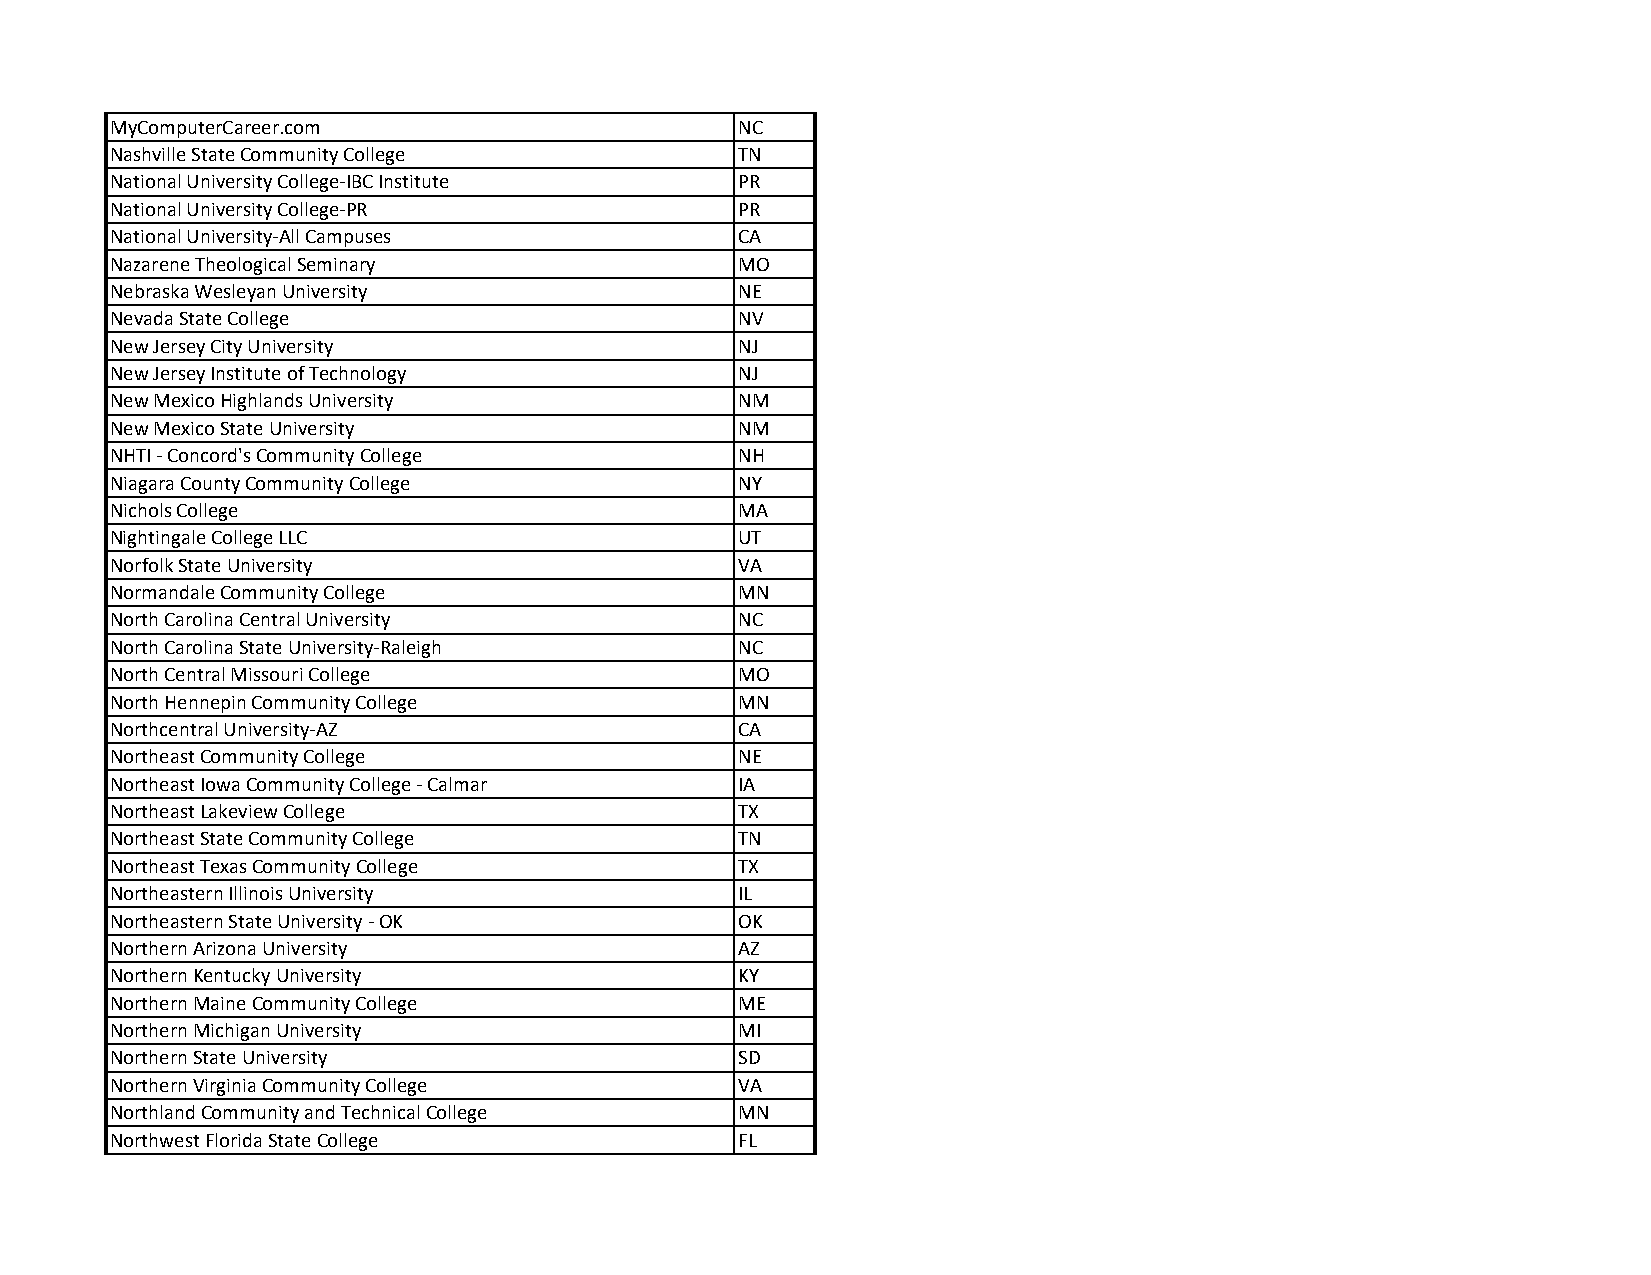
MyComputerCareer.com                      NC
 Nashville State Community College         TN
 National University College‐IBC Institute PR
 National University College‐PR            PR
 National University‐All Campuses          CA
 Nazarene Theological Seminary             MO
 Nebraska Wesleyan University              NE
 Nevada State College                      NV
 New Jersey City University                NJ
 New Jersey Institute of Technology        NJ
 New Mexico Highlands University           NM
 New Mexico State University               NM
 NHTI ‐ Concord's Community College        NH
 Niagara County Community College          NY
 Nichols College                           MA
 Nightingale College LLC                   UT
 Norfolk State University                  VA
 Normandale Community College              MN
 North Carolina Central University         NC
 North Carolina State University‐Raleigh   NC
 North Central Missouri College            MO
 North Hennepin Community College          MN
 Northcentral University‐AZ                CA
 Northeast Community College               NE
 Northeast Iowa Community College ‐ Calmar IA
 Northeast Lakeview College                TX
 Northeast State Community College         TN
 Northeast Texas Community College         TX
 Northeastern Illinois University          IL
 Northeastern State University ‐ OK        OK
 Northern Arizona University               AZ
 Northern Kentucky University              KY
 Northern Maine Community College          ME
 Northern Michigan University              MI
 Northern State University                 SD
 Northern Virginia Community College       VA
 Northland Community and Technical College MN
 Northwest Florida State College           FL